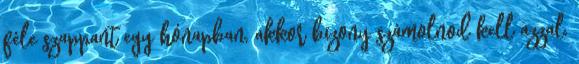
féle szappant egy hónapban, akkor bizony számolnod kell azzal,